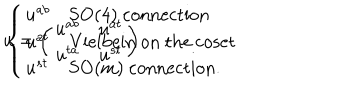
u = \left( \begin{array} { c c } { { u ^ { a b } } } & { { u ^ { a t } } } \\ { { u ^ { t a } } } & { { u ^ { s t } } } \\ \end{array} \right) \hspace { 1 c m } \left\{ \begin{array} { l l } { { u ^ { a b } } } & { { \mathrm { S O ( 4 ) ~ c o n n e c t i o n } } } \\ { { u ^ { a t } } } & { { \mathrm { V i e l b e i n ~ o n ~ t h e ~ c o s e t } } } \\ { { u ^ { s t } } } & { { \mathrm { S O ( m ) ~ c o n n e c t i o n . } } } \\ \end{array} \right.